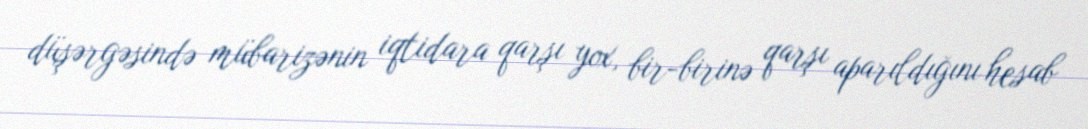
düşərgəsində mübarizənin iqtidara qarşı yox, bir-birinə qarşı aparıldığını hesab